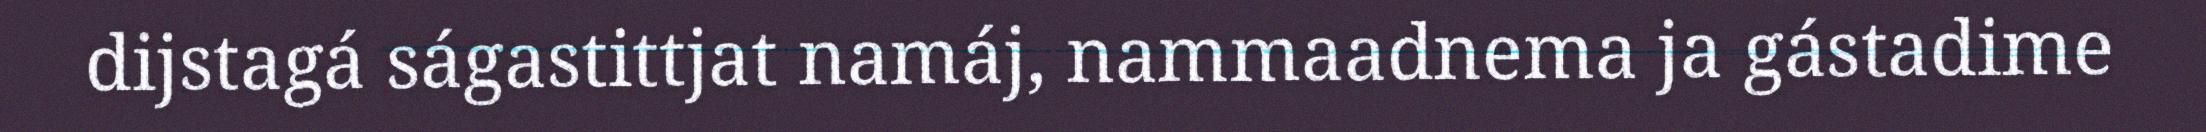
dijstagá ságastittjat namáj, nammaadnema ja gástadime